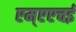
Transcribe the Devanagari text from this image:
एम्एएचई